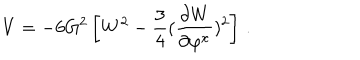
V = - 6 G ^ { 2 } \left[ W ^ { 2 } - \frac 3 4 ( { \frac { \partial W } { \partial \varphi ^ { x } } } ) ^ { 2 } \right] \, .